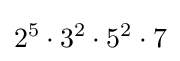
2^{5}\cdot 3^{2}\cdot 5^{2}\cdot 7